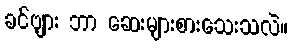
ခင်ဗျား ဘာ ဆေးများစားသေးသလဲ။